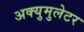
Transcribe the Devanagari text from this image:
अक्युमुलेटर